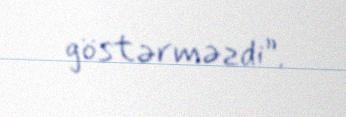
göstərməzdi”.